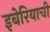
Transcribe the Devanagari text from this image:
इबेरियाची